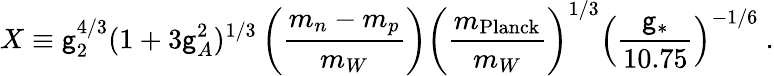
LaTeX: X\equiv\mathsf{g}_{2}^{4/3}(1+3\mathsf{g}_{A}^{2})^{1/3}\left({\frac{{m_{n}-m_{p}}}{{m_{W}}}}\right)\left({\frac{{m_{\mathrm{{Planck}}}}}{{m_{W}}}}\right)^{1/3}\left({\frac{{\mathsf{g}_{*}}}{{10.75}}}\right)^{-1/6}\ .